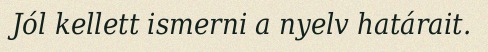
Jól kellett ismerni a nyelv határait.